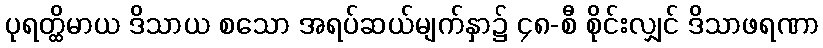
ပုရတ္ထိမာယ ဒိသာယ စသော အရပ်ဆယ်မျက်နှာ၌ ၄၈-စီ စိုင်းလျှင် ဒိသာဖရဏာ